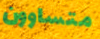
متساوون